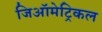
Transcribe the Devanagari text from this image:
जिऑमेट्रिकल